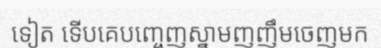
ទៀត ទើបគេបញ្ចេញស្នាមញញឹមចេញមក